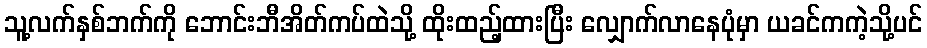
သူ့လက်နှစ်ဘက်ကို ဘောင်းဘီအိတ်ကပ်ထဲသို့ ထိုးထည့်ထားပြီး လျှောက်လာနေပုံမှာ ယခင်ကကဲ့သို့ပင်